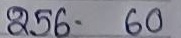
256 - 60